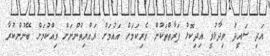
އަދި ސައީދު ވިދާޅުވީ އިދިކޮޅު ފަރާތްތަކުން ވެރިކަމަށް އައުމަށް ރައްޔިތުންނަށް ވިއްކުމަށް ބޭނުންކުރާ